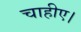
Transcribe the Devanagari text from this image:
चाहीए।